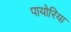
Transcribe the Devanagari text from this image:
पायोरिया